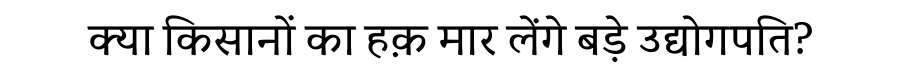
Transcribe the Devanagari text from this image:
क्या किसानों का हक़ मार लेंगे बड़े उद्योगपति?